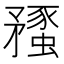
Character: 𥎔